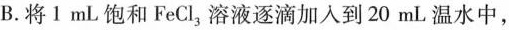
B.将1mL饱和FeCl，溶液逐滴加入到20mL温水中，